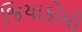
જિયાકોમો